Lunatic asylums Punjab 1881-1894 - 1881-1894
Year: 1881
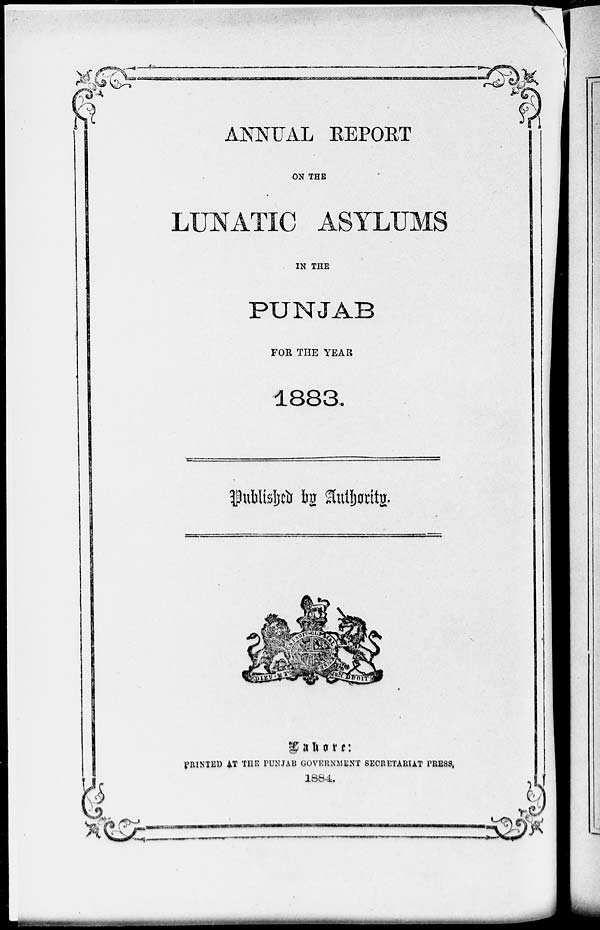
ANNUAL REPORT
ON THE
LUNATIC ASYLUMS
IN THE
PUNJAB
FOR THE YEAR
1883.
Published by Authority.
Lahore:
PRINTED AT THE PUNJAB GOVERNMENT SECRETARIAT PRESS,
1884.